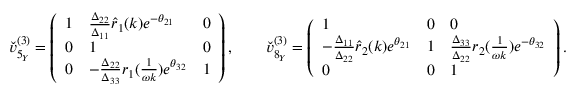
\begin{array} { r } { \check { v } _ { 5 _ { Y } } ^ { ( 3 ) } = \left( \begin{array} { l l l } { 1 } & { \frac { \Delta _ { 2 2 } } { \Delta _ { 1 1 } } \hat { r } _ { 1 } ( k ) e ^ { - \theta _ { 2 1 } } } & { 0 } \\ { 0 } & { 1 } & { 0 } \\ { 0 } & { - \frac { \Delta _ { 2 2 } } { \Delta _ { 3 3 } } r _ { 1 } ( \frac { 1 } { \omega k } ) e ^ { \theta _ { 3 2 } } } & { 1 } \end{array} \right) , \qquad \check { v } _ { 8 _ { Y } } ^ { ( 3 ) } = \left( \begin{array} { l l l } { 1 } & { 0 } & { 0 } \\ { - \frac { \Delta _ { 1 1 } } { \Delta _ { 2 2 } } \hat { r } _ { 2 } ( k ) e ^ { \theta _ { 2 1 } } } & { 1 } & { \frac { \Delta _ { 3 3 } } { \Delta _ { 2 2 } } r _ { 2 } ( \frac { 1 } { \omega k } ) e ^ { - \theta _ { 3 2 } } } \\ { 0 } & { 0 } & { 1 } \end{array} \right) . } \end{array}